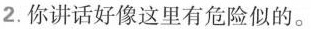
2. 你讲话好像这里有危险似的。